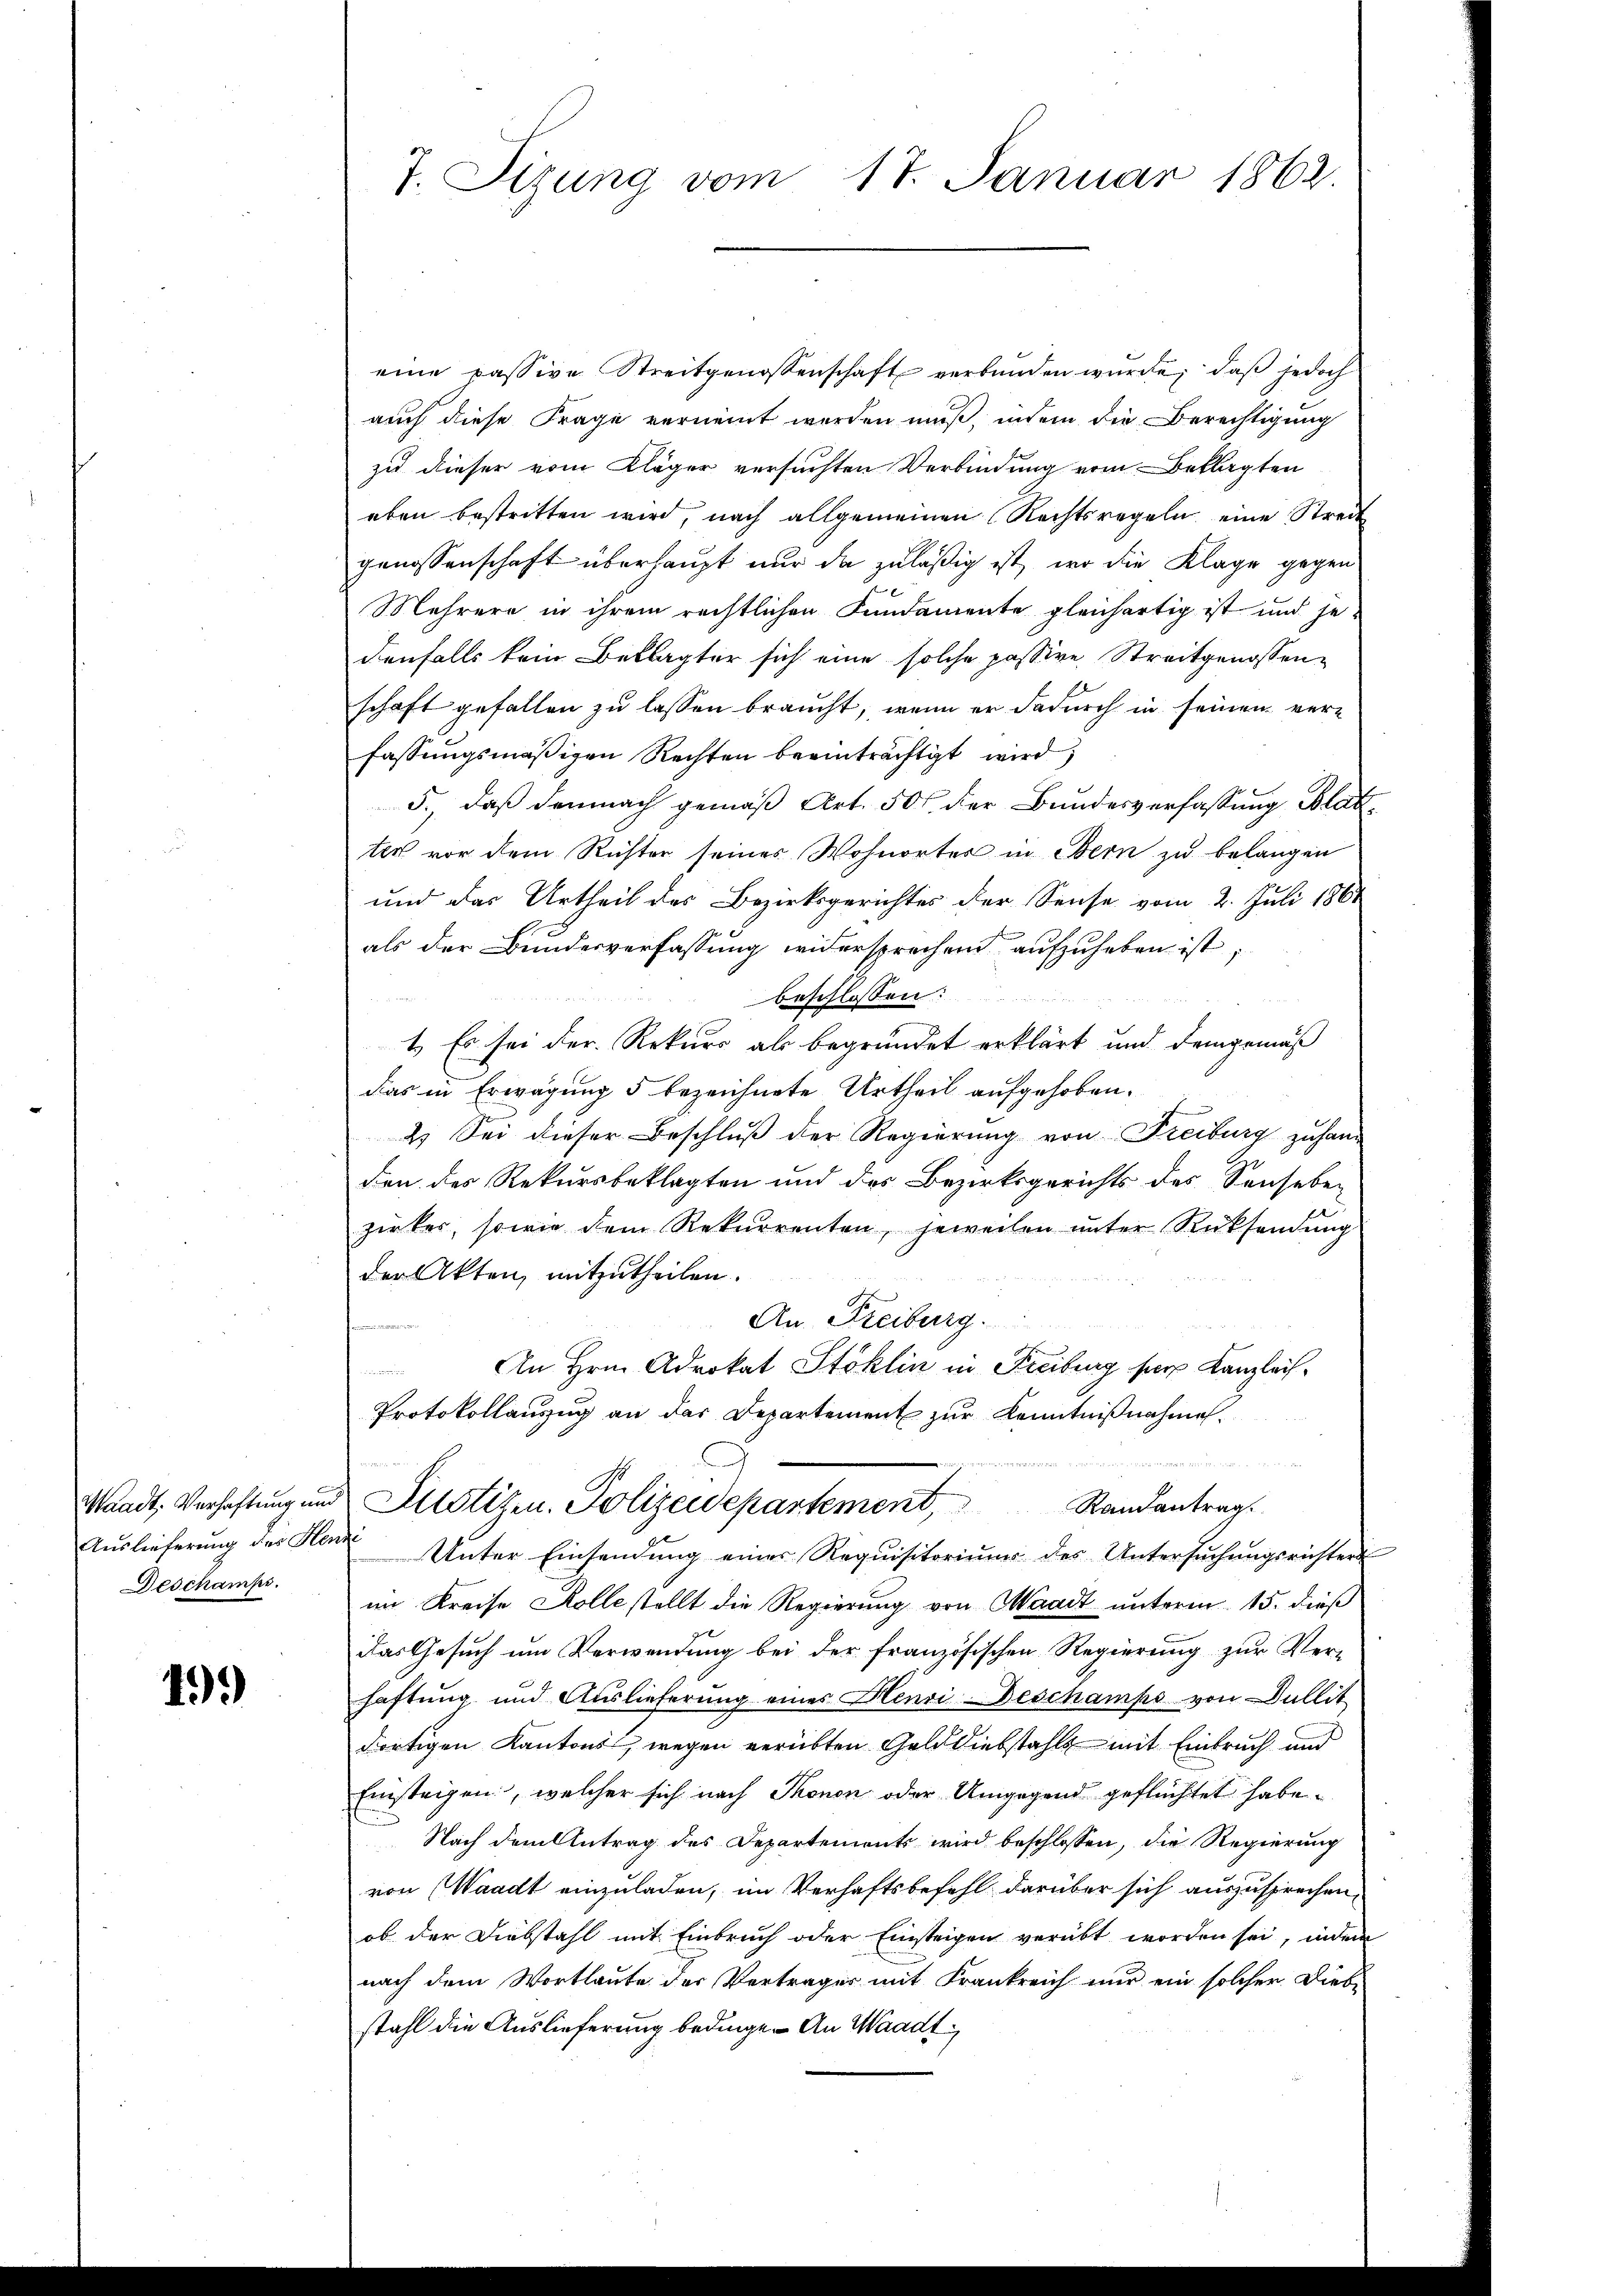
Deschamps.

499)

7. Sizung vom 17. Januar 1862.

eine passive Streitgenossenschaft verbunden wurde, daß jedoch
auch diese Frage verneint werden muß, indem die Berechtigung
zu dieser vom Kläger versuchten Verbindung vom Beklagten
eben bestritten wird, nach allgemeinen Rechtsregeln eine Streit
genossenschaft überhaupt nur da zuläßig ist, wo die Klage gegen
Mehrere in ihrem rechtlichen Fundamente gleichartig ist und jedenfalls kein Beklagter sich eine solche passive Streitgenossenschaft gefallen zu lassen braucht, wenn er dadurch in seinen verfassungsmäßigen Rechten beeinträchtigt wird
5., daß demnach gemäß Art. 50 l. der Bundesverfassung Blatter vor dem Richter seines Wohnorter in Bern zu belangen
und das Urtheil des Bezirksgerichtes der Sense vom 2. Juli 1861
als der Bundesverfassung widersprechend aufzuheben ist,
beschlossen:
1. Es sei der Rekurs als begründet erklärt und demgemäß
das in Erwägung 5 bezeichnete Urtheil aufgehoben.
2. Sei dieser Beschluß der Regierung von Freiburg zuhand
den des Rekursbeklagten und des Bezirksgerichts des Senseben
zirker, sowie dem Rekurrenten, jeweilen ŭnter Rücksendŭng
der Akten, mitzutheilen.
An Freiburg.

An Hrn. Advokat Stoklin in Freiburg für Kanzleis¬

Protokollauszug an das Departement zur Kenntnißnahme.
d
Waadt, Verhaftung und Sistiken. Polizeidepartement, Randantrag
Aŭslieferŭng des Kan Unter Einsendŭng einer Requisitoriŭms des Untersŭchŭngsrichters
im Kreise Kolle stellt die Regierung von Waadt unterm 15. dieß
das Gesŭch ŭm Verwendŭng bei der französischen Regierŭng zŭr Verhaftung und Auslieferung eines Henri-Deschamps von Dullit
dortigen Kantons, wegen verübten Gelddiebstahls mit Einbruch und
Einsteigen, welcher sich nach Thonon oder Umgegend geflüchtet habe.
Nach dem Antrag des Departements wird beschlossen, die Regierung
von (Waadt einzuladen, im Verhaftsbefehl darüber sich auszusprechen,
ob der Diebstahl mit Einbruch oder Einsteigen verübt worden sei, indem
nach dem Wortlaute der Verträger mit Frankreich nur ein solcher Dieb-
stahl die Auslieferung bedinge. An Waadt,